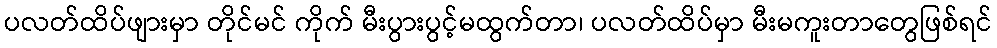
ပလတ်ထိပ်ဖျားမှာ တိုင်မင် ကိုက် မီးပွားပွင့်မထွက်တာ၊ ပလတ်ထိပ်မှာ မီးမကူးတာတွေဖြစ်ရင်